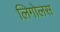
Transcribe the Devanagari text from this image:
लिगोलस